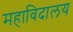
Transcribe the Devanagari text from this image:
महाविदालय